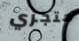
متجري